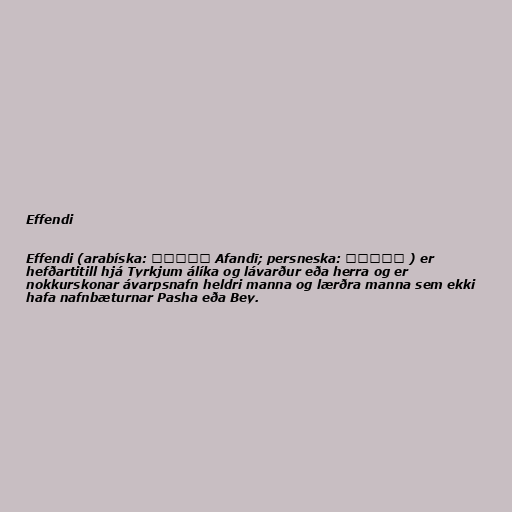
Effendi

Effendi (arabíska: أفندي Afandī; persneska: آفندی ) er
hefðartitill hjá Tyrkjum álíka og lávarður eða herra og er
nokkurskonar ávarpsnafn heldri manna og lærðra manna sem ekki
hafa nafnbæturnar Pasha eða Bey.